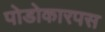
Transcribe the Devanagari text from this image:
पोडोकारपस